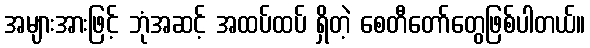
အများအားဖြင့် ဘုံအဆင့် အထပ်ထပ် ရှိတဲ့ စေတီတော်တွေဖြစ်ပါတယ်။